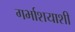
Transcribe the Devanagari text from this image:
गर्भाशयाशी